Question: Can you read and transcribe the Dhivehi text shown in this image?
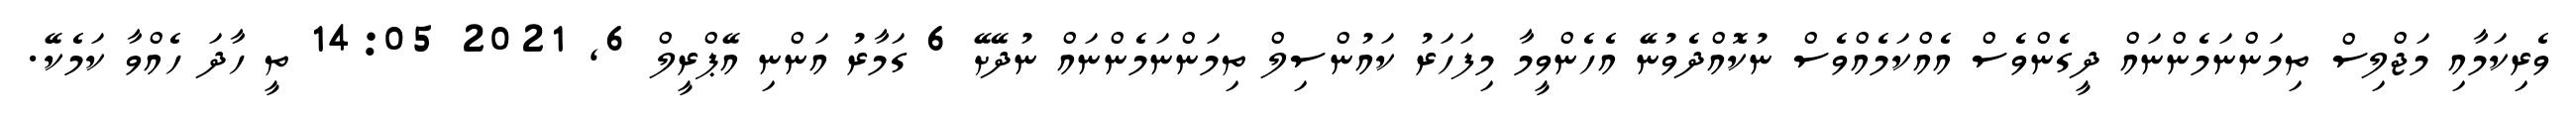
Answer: ވެރިކަމާއި މަޖްލިސް ތިމަންނަމެންނައް ދީގެންވެސް އެއްކަމެއްވެސް ނުކޮއްދެވުނޭ އެހެންވީމާ މިފަހަރު ކައުންސިލް ތިމަންނަމެންނައް ނުދޭށޭ 6 ގަމާރު އަންނި އޭޕްރީލް 6, 2021 14:05 ތީ ހާދަ ހެއްވާ ކަމެކޭ.